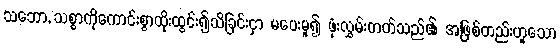
သဘော, သစ္စာကိုကောင်းစွာထိုးထွင်း၍သိခြင်းငှာ မပေးမူ၍ ဖုံးလွှမ်းတတ်သည်၏ အဖြစ်တည်းဟူသော